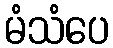
မံသံပေ